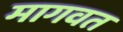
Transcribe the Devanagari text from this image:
मागवत